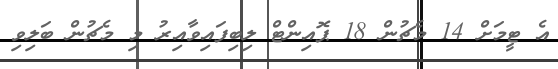
އެ ޓީމަށް 14 މެޗުން 18 ޕޮއިންޓް ލިބިފައިވާއިރު މި މެޗުން ބަލިވި